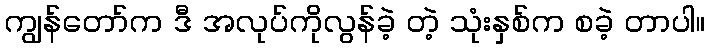
ကျွန်တော်က ဒီ အလုပ်ကိုလွန်ခဲ့ တဲ့ သုံးနှစ်က စခဲ့ တာပါ။